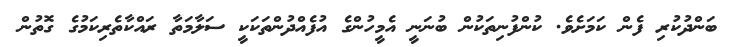
ބަންދުކުރި ފެން ކަމަށެވެ. ކުންފުނިތަކުން ބުނަނީ އެމީހުންގެ އުފެއްދުންތަކަކީ ސަލާމަތާ ރައްކާތެރިކަމުގެ ގޮތުންް